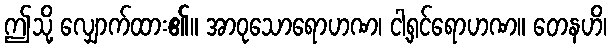
ဤသို့ လျှောက်ထား၏။ အာဝုသောရောဟဏ၊ ငါ့ရှင်ရောဟဏ။ တေနဟိ၊